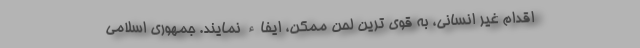
اقدام غیر انسانی، به قوی ترین لحن ممکن، ایفاء نمایند. جمهوری اسلامی